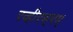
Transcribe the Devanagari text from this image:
एव्हीएस्एम्